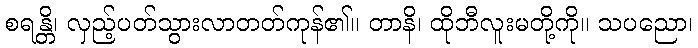
စရန္တိ၊ လှည့်ပတ်သွားလာတတ်ကုန်၏။ တာနိ၊ ထိုဘီလူးမတို့ကို။ သပညော၊